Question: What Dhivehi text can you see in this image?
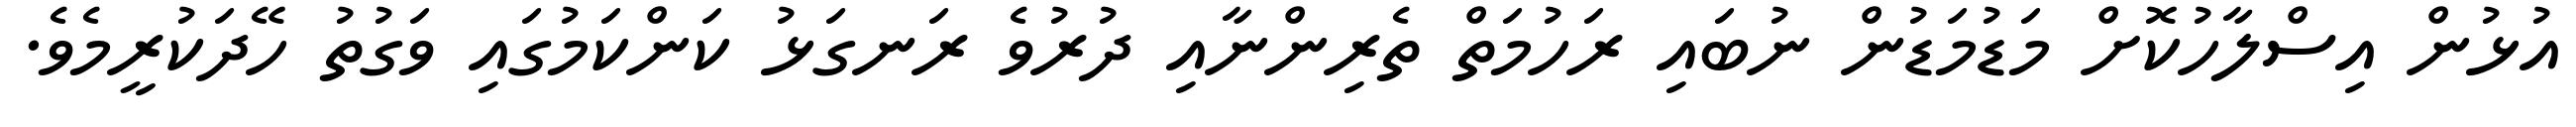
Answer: އުޅުން އިސްލާހުކޮށް މަޑުމަޑުން ނުބައި ރަހުމަތް ތެރިންނާއި ދުރުވެ ރަނގަޅު ކަންކަމުގައި ވަގުތު ހޭދަކުރީމެވެ.